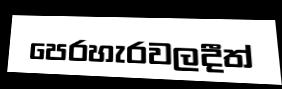
පෙරහැරවලදීත්